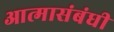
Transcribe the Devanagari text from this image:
आत्मासंबंधी